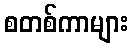
စတစ်ကာများ